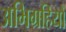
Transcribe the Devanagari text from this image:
अभिग्रहियों